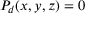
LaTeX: P _ { d } ( x , y , z ) = 0